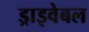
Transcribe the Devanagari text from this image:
ड्राइवेबल